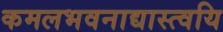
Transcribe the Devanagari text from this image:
कमलभवनाद्यास्त्वयि